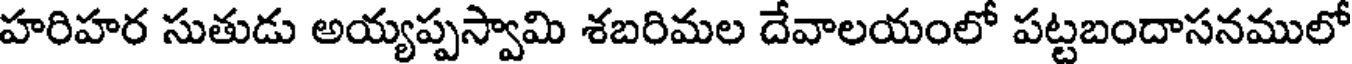
హరిహర సుతుడు అయ్యప్పస్వామి శబరిమల దేవాలయంలో పట్టబందాసనములో